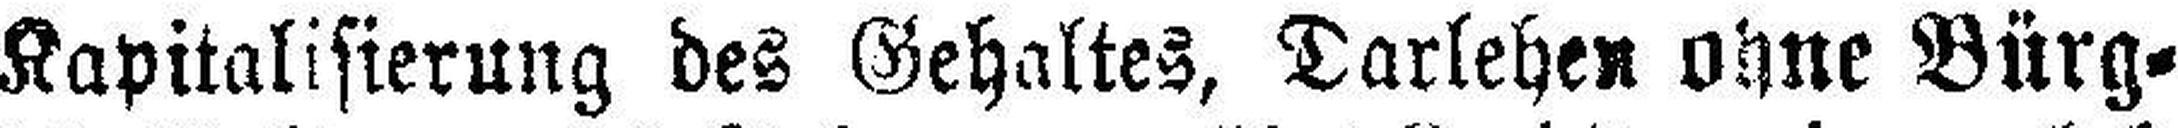
Kapitalisierung des Gehaltes, Darlehen ohne Bürg¬